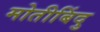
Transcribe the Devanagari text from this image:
मोतीबिंदु